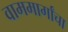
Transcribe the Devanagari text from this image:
वाममार्गांचा